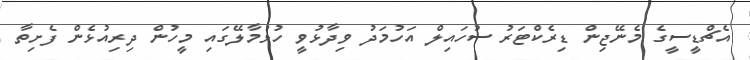
އެޗްޑީސީގެ މެނޭޖިން ޑިރެކްޓަރު ސުހައިލް އަހުމަދު ވިދާޅުވީ ހުޅުމާލޭގައި މީހުން ދިރިއުޅެން ފެށިތާ